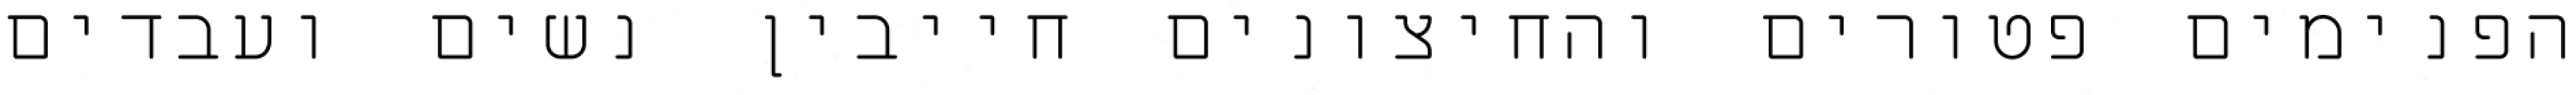
הפנימים פטורים והחיצונים חייבין נשים ועבדים